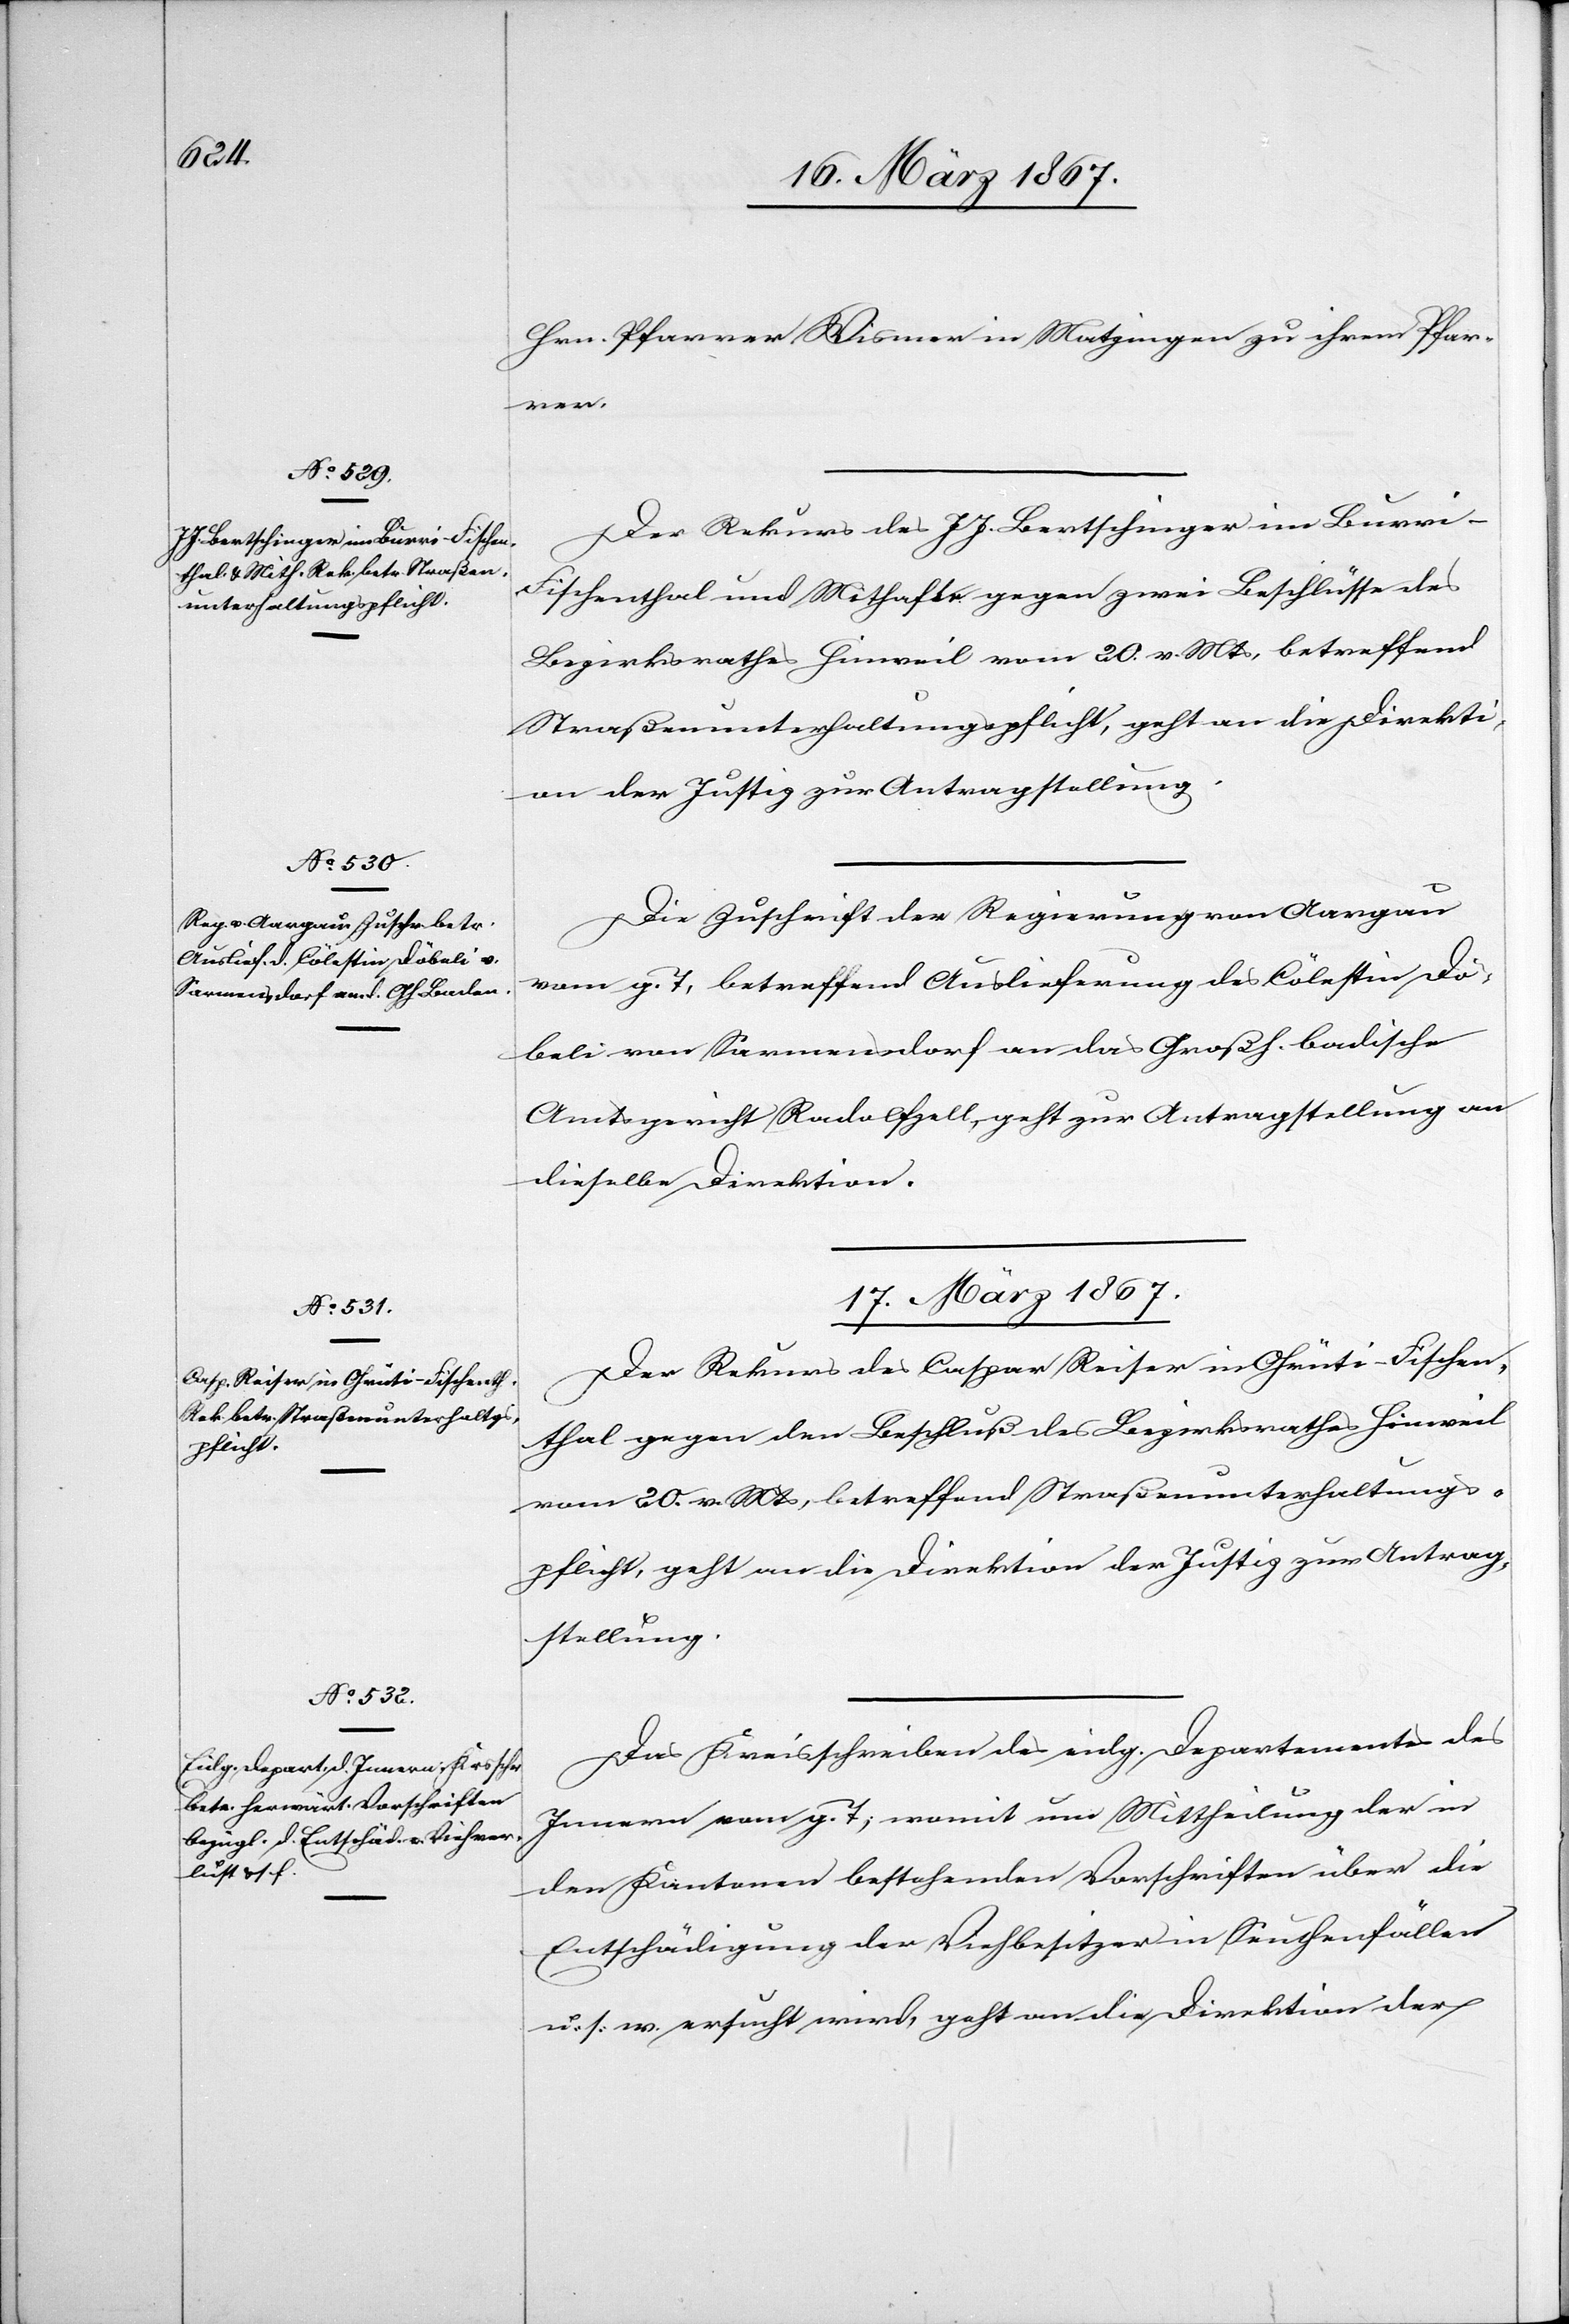
16. März 1867.]
Hrn. Pfarrer Wismer in Matzingen zu ihrem Pfarr¬
er.
Der Rekurs des J. J. Bertschinger im Burr¬
i-Fischenthal und Mithafte gegen zwei Beschlüsse des
Bezirksrathes Hinweil vom 20. v. Mts, betreffend
Straßenunterhaltungspflicht, geht an die Direkti¬
on der Justiz zur Antragstellung.
Die Zuschrift der Regierung von Aargau
vom g. T, betreffend Auslieferung des Cölestin Dö¬
beli von Sarmensdorf an das Großh. badische
Amtsgericht Radolfzell, geht zur Antragstellung an
dieselbe Direktion.
17. März 1867.]
Der Rekurs des Caspar Reiser in Ohrüti-Fischen¬
thal gegen den Beschluß des Bezirksrathes Hinweil
vom 20. v. Mts, betreffend Straßenunterhaltungs¬
pflicht, geht an die Direktion der Justiz zur Antrag¬
stellung.
Das Kreisschreiben des eidg. Departementes des
Innern, vom g. T., womit um Mittheilung der in
den Kantonen bestehenden Vorschriften über die
Entschädigung der Viehbesitzer in Seuchenfällen
u. s. w. ersucht wird, geht an die Direktion der